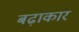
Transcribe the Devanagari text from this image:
बढ़ाकार